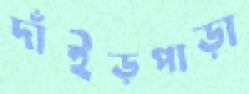
দাঁইড়পাড়া